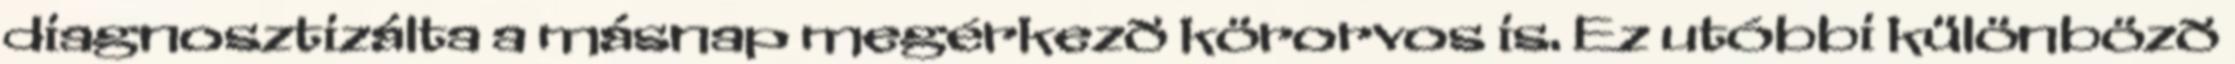
diagnosztizálta a másnap megérkezõ körorvos is. Ez utóbbi különbözõ